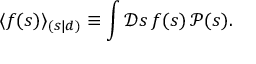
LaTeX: \langle f ( s ) \rangle _ { ( s | d ) } \equiv \int { \mathcal { D } } s \, f ( s ) \, { \mathcal { P } } ( s ) .